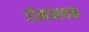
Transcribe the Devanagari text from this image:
रोमानचक